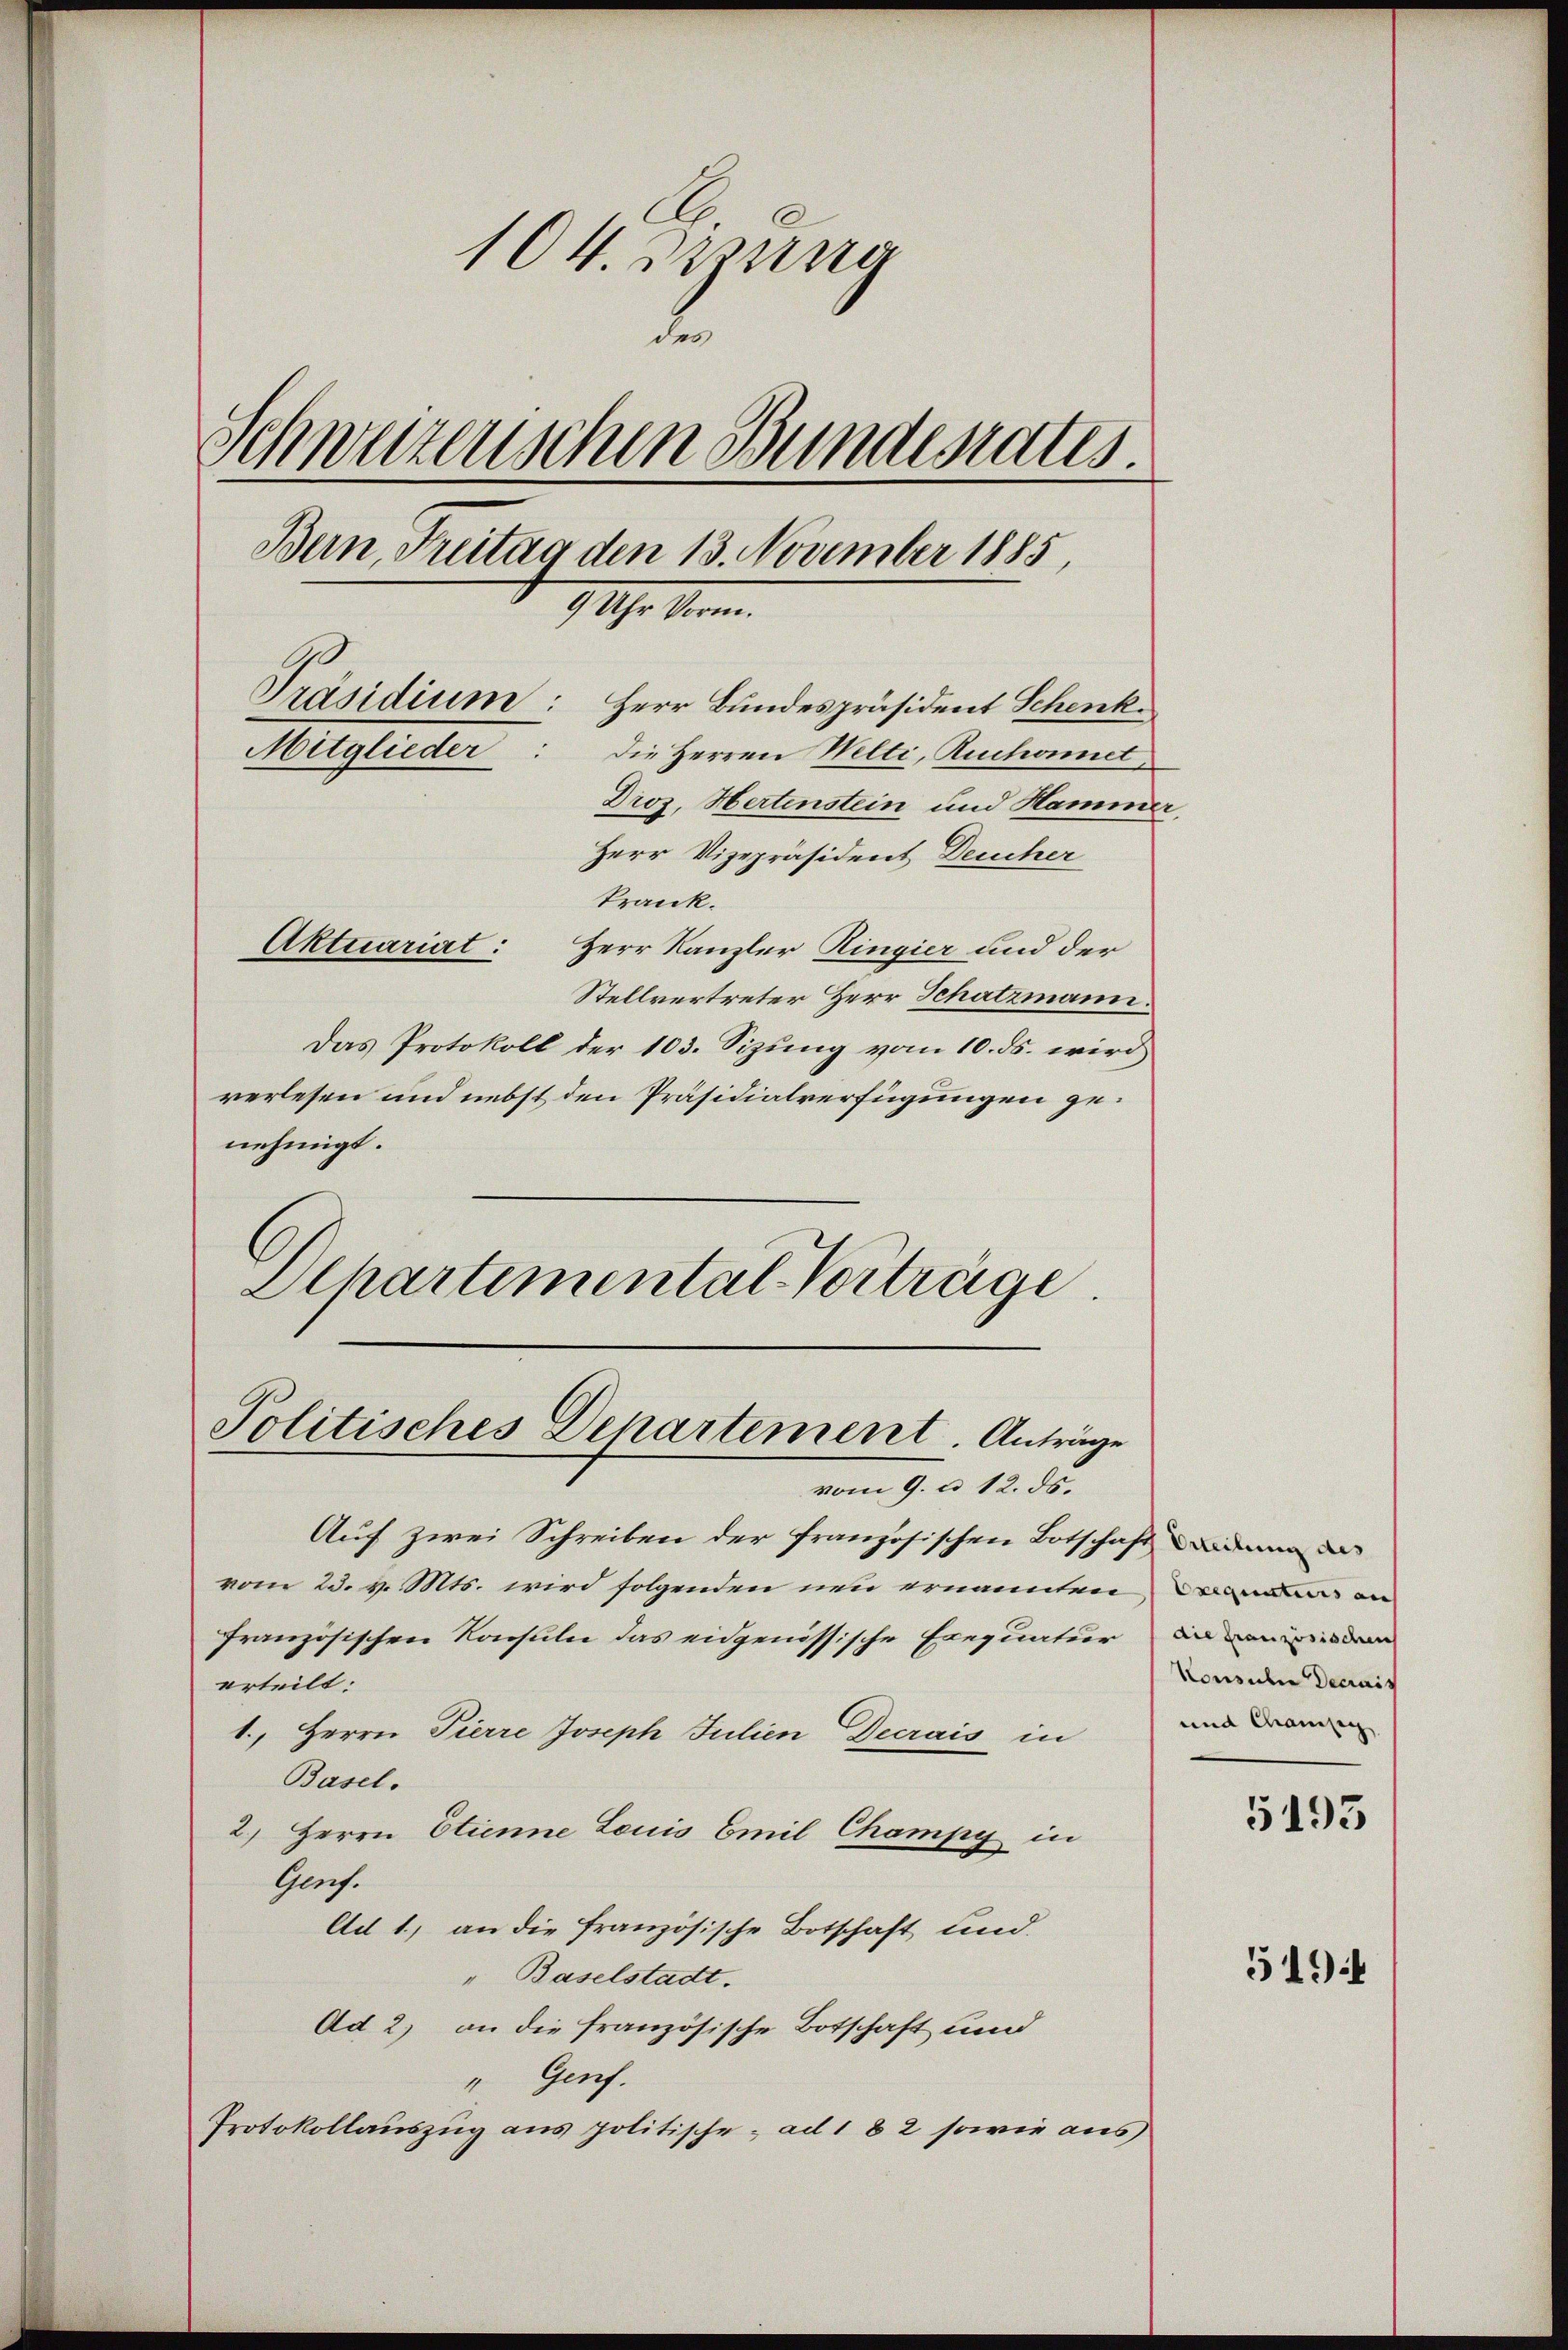
104. Diura
.
1
schweizerischen Bundesrates.
Bern, Freitag den 13. November 1885
9 Uhr Vorm.
Präsidium: Herr Bundespräsident Schenk
Mitglieder: die Herren Welti, Ruchonnet
Droz. Hertenstein und Hammer,
Herr Vizepräsident Deucher

krank.
Aktuariat: Herr Kanzler Ringier und der
Stellvertreter Herr Schatzmann.
Das Protokoll der 103. Sizung vom 10. ds. wird
verlesen und nebst den Präsidialverfügungen genehmigt.
Dchartemental-Vorträge.

Politisches Departement. Anträge
vom 9. u 12. ds.

Auf zwei Schreiben der französischen Botschaft den
vom 23. v. Mts. wird folgenden neu ernannten Dann an
französischen Konsuln das eidgenössische Erequatur
erteilt:
1., Herrn Pierre Joseph Julien Decrais in
Basel.
2.) Herrn Etienne Louis Emil Champy in
Genf.
Ad 1) an die französische Botschaft und
" Baselstadt.
Ad 2) an die französische Botschaft und
" Genf.
Protokollauszug aus politische ad 182 sowie aus

die französischen
Konsilie Decrais
und Chamsig

5193

519